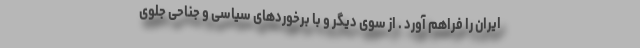
ایران را فراهم آورد . از سوی دیگر و با برخوردهای سیاسی و جناحی جلوی